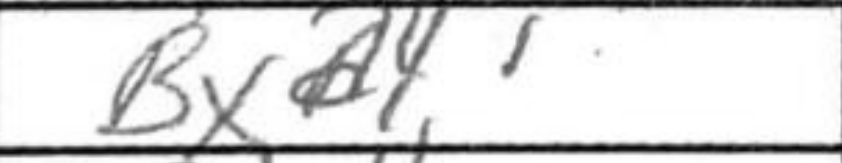
Transcription: Bxa4